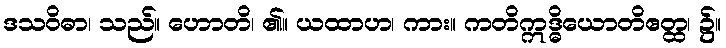
ဒသဝိဓာ၊ သည်။ ဟောတိ၊ ၏။ ယထာဟ၊ ကား။ ကတိဣဒ္ဓိယောတိဧတ္ထ၊ ၌။